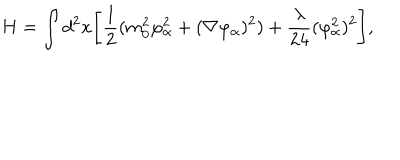
H = \int d ^ { 2 } x \Biggl [ { \frac { 1 } { 2 } } ( m _ { 0 } ^ { 2 } \varphi _ { \alpha } ^ { 2 } + ( \nabla \varphi _ { \alpha } ) ^ { 2 } ) + { \frac { \lambda } { 2 4 } } ( \varphi _ { \alpha } ^ { 2 } ) ^ { 2 } \Biggr ] , \,